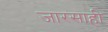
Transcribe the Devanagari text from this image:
जारसाही